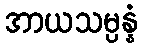
အာယသမ္ပန္နံ